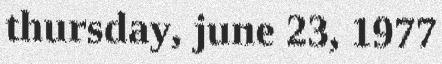
thursday, june 23, 1977